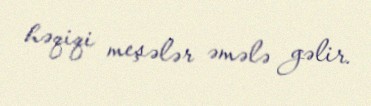
həqiqi meşələr əmələ gəlir.